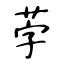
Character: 茡